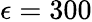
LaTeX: \epsilon=300